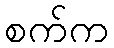
စက်က